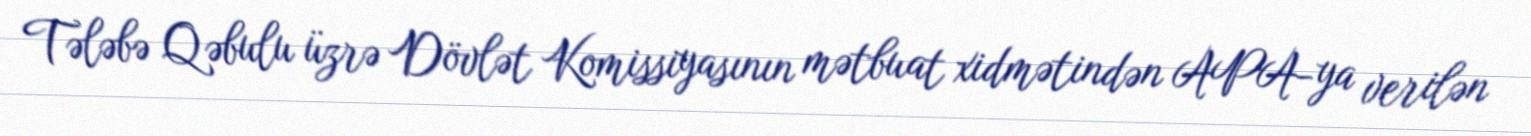
Tələbə Qəbulu üzrə Dövlət Komissiyasının mətbuat xidmətindən APA-ya verilən